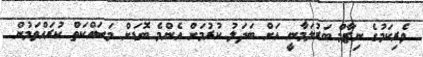
ވެރިކަމުގެ ނިޒާމް ބަރުލަމާނީ އަށް ބަދަލު ކުރުމަށް އެންމެ ބޮޑަށް މަސައްކަތް ކުރައްވަމުން